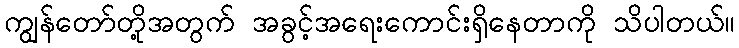
ကျွန်တော်တို့အတွက် အခွင့်အရေးကောင်းရှိနေတာကို သိပါတယ်။